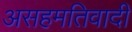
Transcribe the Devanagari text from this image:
असहमतिवादी